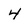
Character: 4